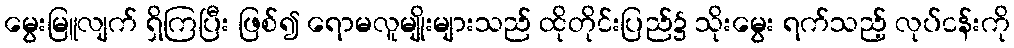
မွေးမြူလျက် ရှိကြပြီး ဖြစ်၍ ရောမလူမျိုးများသည် ထိုတိုင်းပြည်၌ သိုးမွေး ရက်သည့် လုပ်ငန်းကို